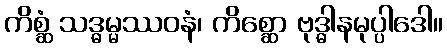
ကိစ္ဆံ သဒ္ဓမ္မဿဝနံ၊ ကိစ္ဆော ဗုဒ္ဓါနမုပ္ပါဒေါ။